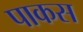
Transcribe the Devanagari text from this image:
पाकस